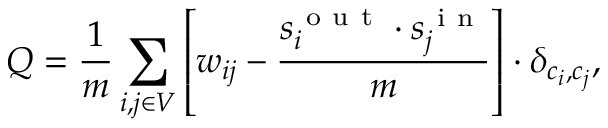
Q = \frac { 1 } { m } \sum _ { i , j \in V } \left[ w _ { i j } - \frac { s _ { i } ^ { \mathrm { ~ o ~ u ~ t ~ } } \cdot s _ { j } ^ { \mathrm { ~ i ~ n ~ } } } { m } \right] \cdot \delta _ { c _ { i } , c _ { j } } ,